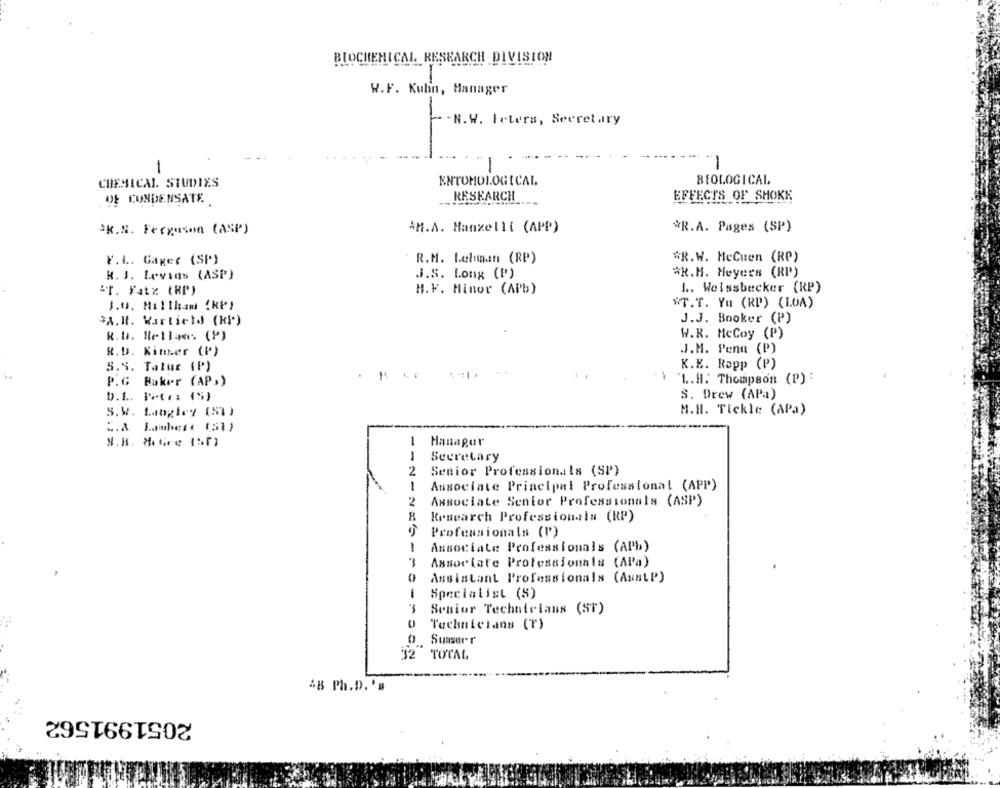
BIOCHEMICAL RESEARCH DIVISION
W.F. Kuhn, Manager
.N.W. Fetera, Secretary
-
-1
CHEMICAL STUDIES
ENTOHOLOGICAL
BIOLOGICAL
RESEARCH
EFFECTS OF SHOKE
Of CONDENSATE
AM.A. Manzelli (APP)
*R.A. Pages (SP)
*K.N. Ferguson (ASP)
Y.1. Gager (SP)
R.M. Lelunan (RP)
#R.W. MeCuen (RP)
R. J. Levins (ASP)
J.S. Long (P)
*R.H. Meyers (RP)
"r. Fat% (RP)
H.F. Minor (APb)
1 .. Weissbecker (RP)
J.O. M: Ilham (KP)
"T.T. Yu (RP) (LOA)
*A.It. Wartield (Kb)
J.J. Booker (P)
R.D. Bellaos (P)
W.R. McCoy
R. D. Kimmer (P)
J.M. Pena (P)
5.5. Taluz (P)
K.K. Rapp (P)
1 .. H. Thompson (P) :
P.G Baker (AP))
S. Drew (APa)
D.1 ..
M.H. Tickle (APa)
Manager
--
Secretary
2
Senior Professionals (SP)
1
Associate Principal Professional (APP)
2
Associate Senior Professionals (ASP)
Research Professionals (RP)
Professionals (P)
1
Associate Professionals (APb)
3
Associate Professionais (APa)
=
Assistant Professionals (AusLP)
-
Specialist (S)
3
Senior Technicians (ST)
Technicians (T)
Suaser r
32 TOTAL
48 Ph.D. 's
2051991562